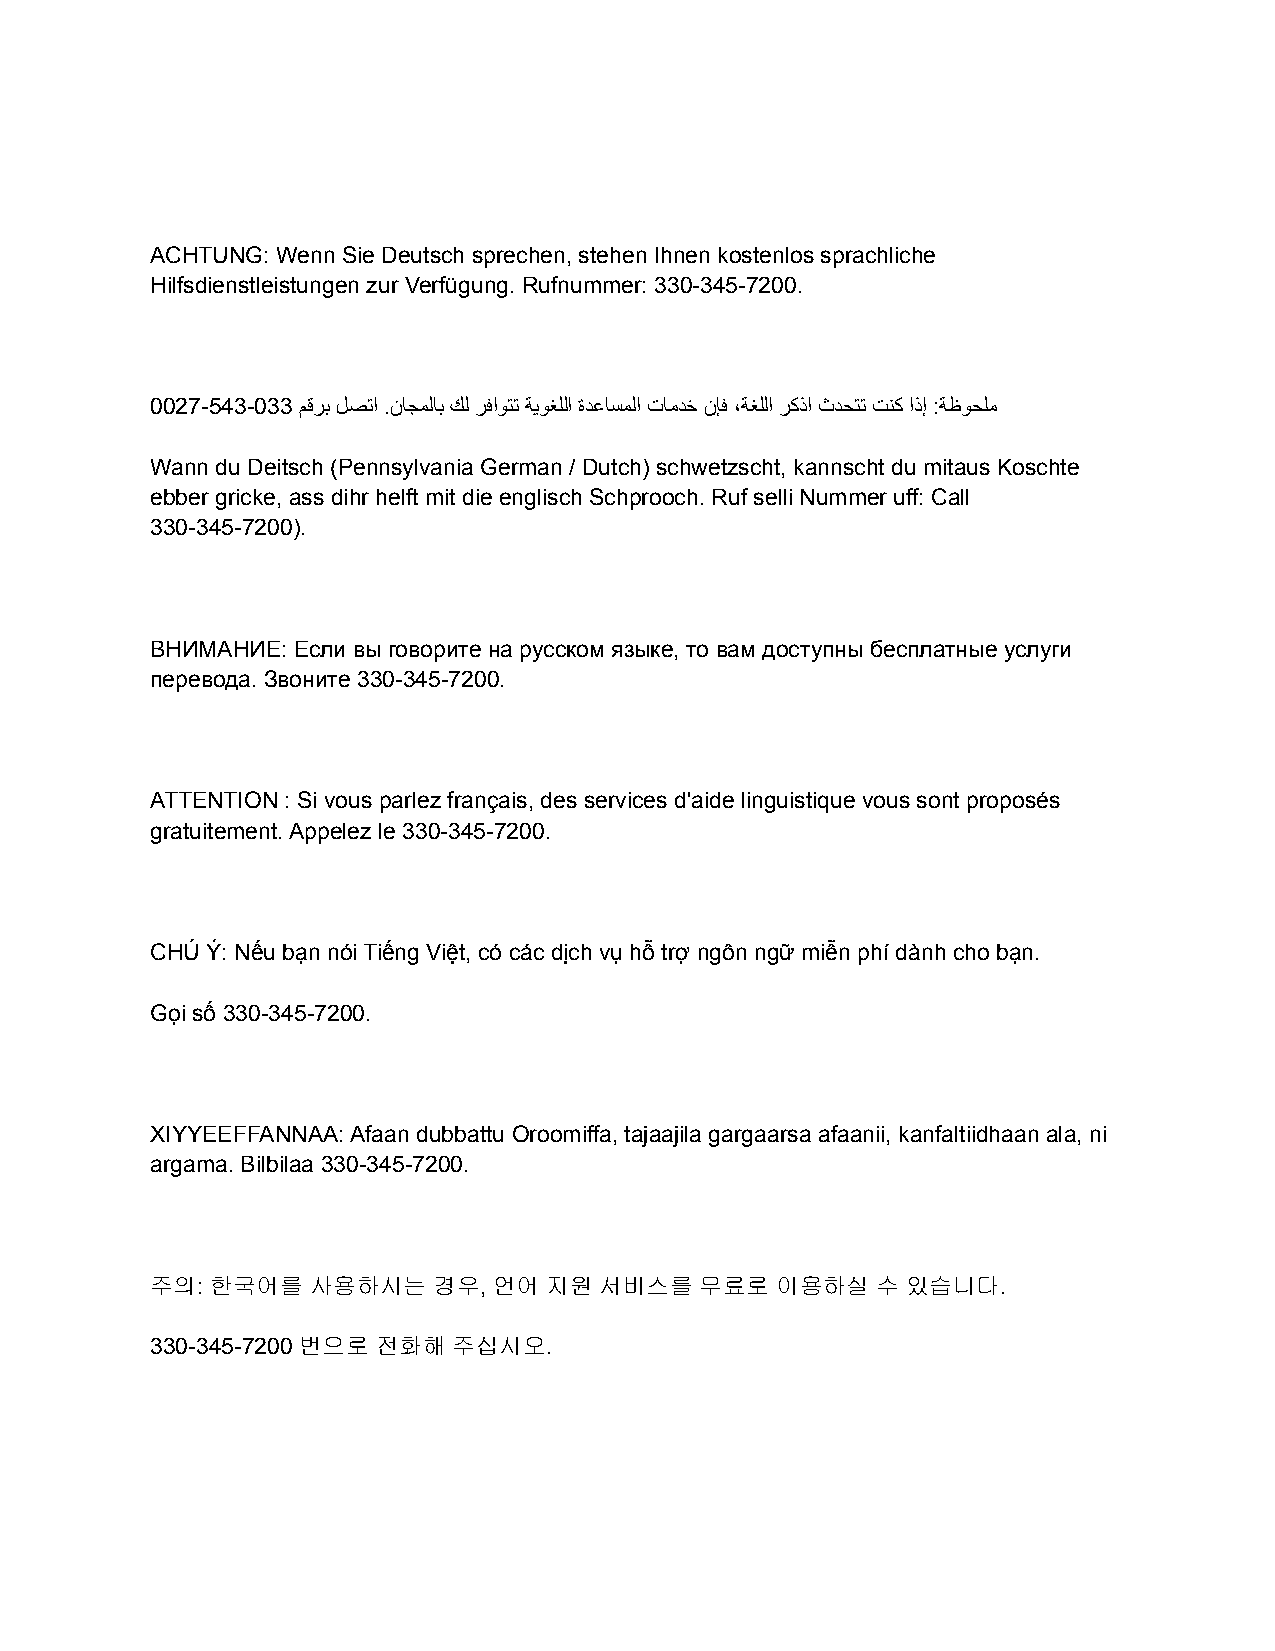
ACHTUNG: Wenn Sie Deutsch sprechen, stehen Ihnen kostenlos sprachliche
 Hilfsdienstleistungen zur Verfügung. Rufnummer: 330-345-7200.
 0027-543-033 مﻗرﺑ لﺻﺗا .نﺎﺟﻣﻟﺎﺑ كﻟ رﻓاوﺗﺗ ﺔﯾوﻐﻠﻟا ةدﻋﺎﺳﻣﻟا تﺎﻣدﺧ نﺈﻓ ،ﺔﻐﻠﻟا رﻛذا ثدﺣﺗﺗ تﻧﻛ اذإ :ﺔظوﺣﻠﻣ
 Wann du Deitsch (Pennsylvania German / Dutch) schwetzscht, kannscht du mitaus Koschte
 ebber gricke, ass dihr helft mit die englisch Schprooch. Ruf selli Nummer uff: Call
 330-345-7200).
 ВНИМАНИЕ: Если вы говорите на русском языке, то вам доступны бесплатные услуги
 перевода. Звоните 330-345-7200.
 ATTENTION : Si vous parlez français, des services d'aide linguistique vous sont proposés
 gratuitement. Appelez le 330-345-7200.
 CHÚ Ý: Nếu bạn nói Tiếng Việt, có các dịch vụ hỗ trợ ngôn ngữ miễn phí dành cho bạn.
 Gọi số 330-345-7200.
 XIYYEEFFANNAA: Afaan dubbattu Oroomiffa, tajaajila gargaarsa afaanii, kanfaltiidhaan ala, ni
 argama. Bilbilaa 330-345-7200.
 주의: 한국어를   사용하시는   경우, 언어 지원  서비스를  무료로  이용하실   수 있습니다.
 330-345-7200 번으로 전화해 주십시오.